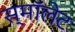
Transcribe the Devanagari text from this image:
स्माॅलेट